Vaccination North-Western Provinces 1866-1877 - 1866-1877
Year: 1866
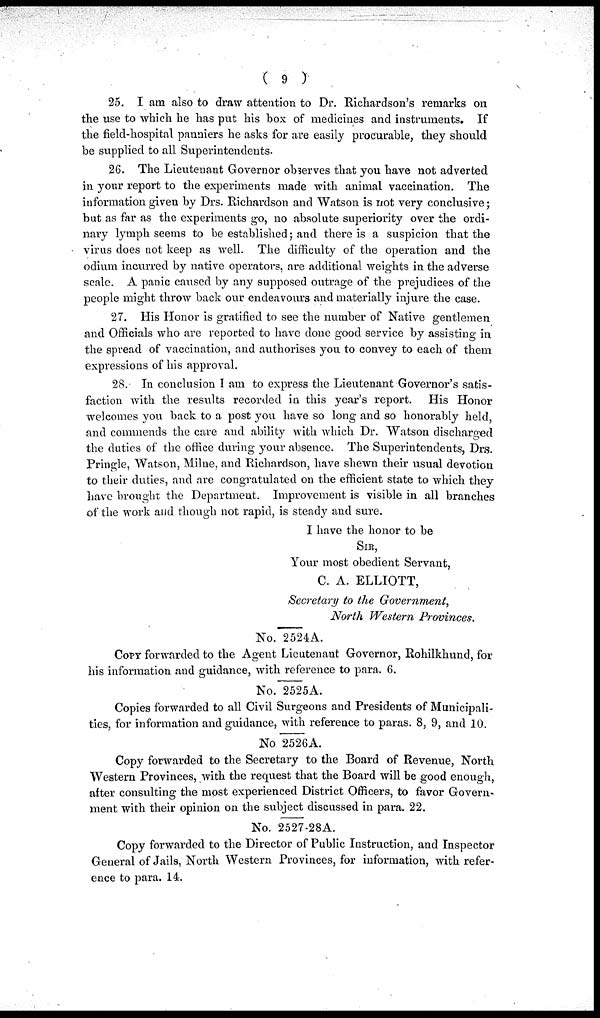
(
9 )
25. I am also to draw attention to Dr. Richardson's remarks on
the use to which he has put his box of medicines and instruments. If
the field-hospital panniers he asks for are easily procurable, they should
be supplied to all Superintendents.
26. The Lieutenant Governor observes that you have not adverted
in. your report to the experiments made with animal vaccination. The
information given by Drs. Richardson and Watson is not very conclusive;
but as far as the experiments go, no absolute superiority over the ordi-
nary lymph seems to be established; and there is a suspicion that the
virus does not keep as well. The difficulty of the operation and the
odium incurred by native operators, are additional weights in the adverse
scale. A panic caused by any supposed outrage of the prejudices of the
people might throw back our endeavours and materially injure the case.
27. His Honor is gratified to see the number of Native gentlemen
and Officials who are reported to have done good service by assisting in
the spread of vaccination, and authorises you to convey to each of them
expressions of his approval.
28. In conclusion I am to express the Lieutenant Governor's satis-
faction with the results recorded in this year's report. His Honor
welcomes you back to a post you have so long and so honorably held,
and commends the care and ability with which Dr. Watson discharged
the duties of the office during your absence. The Superintendents, Drs.
Pringle, Watson, Milne, and Richardson, have shewn their usual devotion
to their duties, and are congratulated on the efficient state to which they
have brought the Department. Improvement is visible in all branches
of the work and though not rapid, is steady and sure.
I have the honor to be
SIR,
Your most obedient Servant,
C. A. ELLIOTT,
Secretary to the Government,
North Western Provinces.
No.2524A.
COPY forwarded to the Agent Lieutenant Governor, Rohilkhund, for
his information and guidance, with reference to para. 6.
No. 2525A.
Copies forwarded to all Civil Surgeons and Presidents of Municipali-
ties, for information and guidance, with reference to paras. 8, 9, and 10.
No 2526A.
Copy forwarded to the Secretary to the Board of Revenue, North
Western Provinces, with the request that the Board will be good enough,
after consulting the most experienced District Officers, to favor Govern-
ment with their opinion on the subject discussed in para. 22.
No. 2527-28A.
Copy forwarded to the Director of Public Instruction, and Inspector
General of Jails, North Western Provinces, for information, with refer-
ence to para. 14.